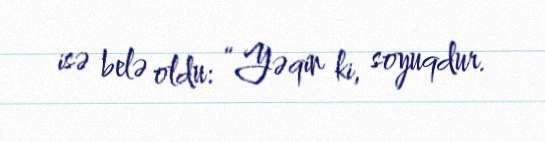
isə belə oldu: “Yəqin ki, soyuqdur.